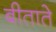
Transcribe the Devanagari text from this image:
बीताते